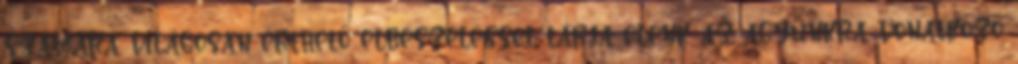
számára világosan érthető elbeszéléssel tárja elénk az agyunkra vonatkozó